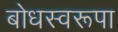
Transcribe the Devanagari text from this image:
बोधस्वरूपा